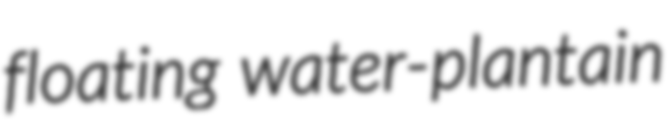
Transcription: floating water-plantain